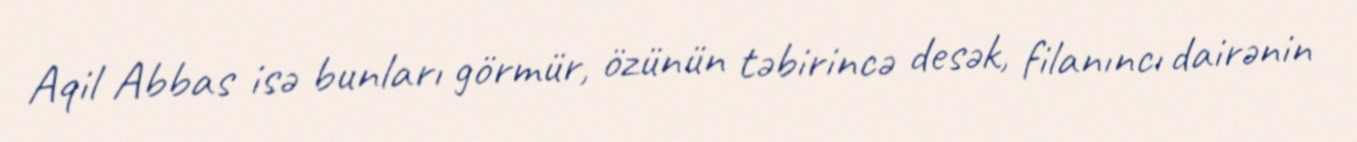
Aqil Abbas isə bunları görmür, özünün təbirincə desək, filanıncı dairənin